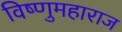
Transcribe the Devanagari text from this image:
विष्णुमहाराज